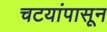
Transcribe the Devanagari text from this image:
चटयांपासून